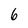
Character: 6